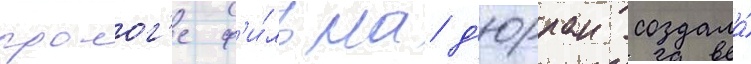
пролог'е ф'и́льма д'юрран создала́